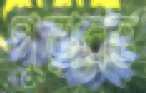
পুরাবত্ত